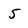
Character: 5